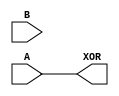
module xor_gate (
  input A, 
  input B,
  output XOR
);

wire inv_B;

assign inv_B = ~B;

assign XOR = A | (B & inv_B);

endmodule